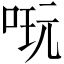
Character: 𠶃